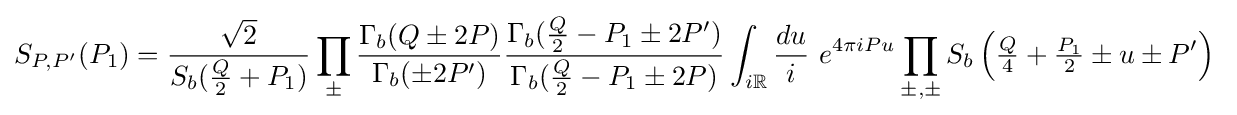
S_{P,P'}(P_{1})={\frac {\sqrt {2}}{S_{b}({\frac {Q}{2}}+P_{1})}}\prod _{\pm }{\frac {\Gamma _{b}(Q\pm 2P)}{\Gamma _{b}(\pm 2P')}}{\frac {\Gamma _{b}({\frac {Q}{2}}-P_{1}\pm 2P')}{\Gamma _{b}({\frac {Q}{2}}-P_{1}\pm 2P)}}\int _{i\mathbb {R} }{\frac {du}{i}}\ e^{4\pi iPu}\prod _{\pm ,\pm }S_{b}\left({\tfrac {Q}{4}}+{\tfrac {P_{1}}{2}}\pm u\pm P'\right)\